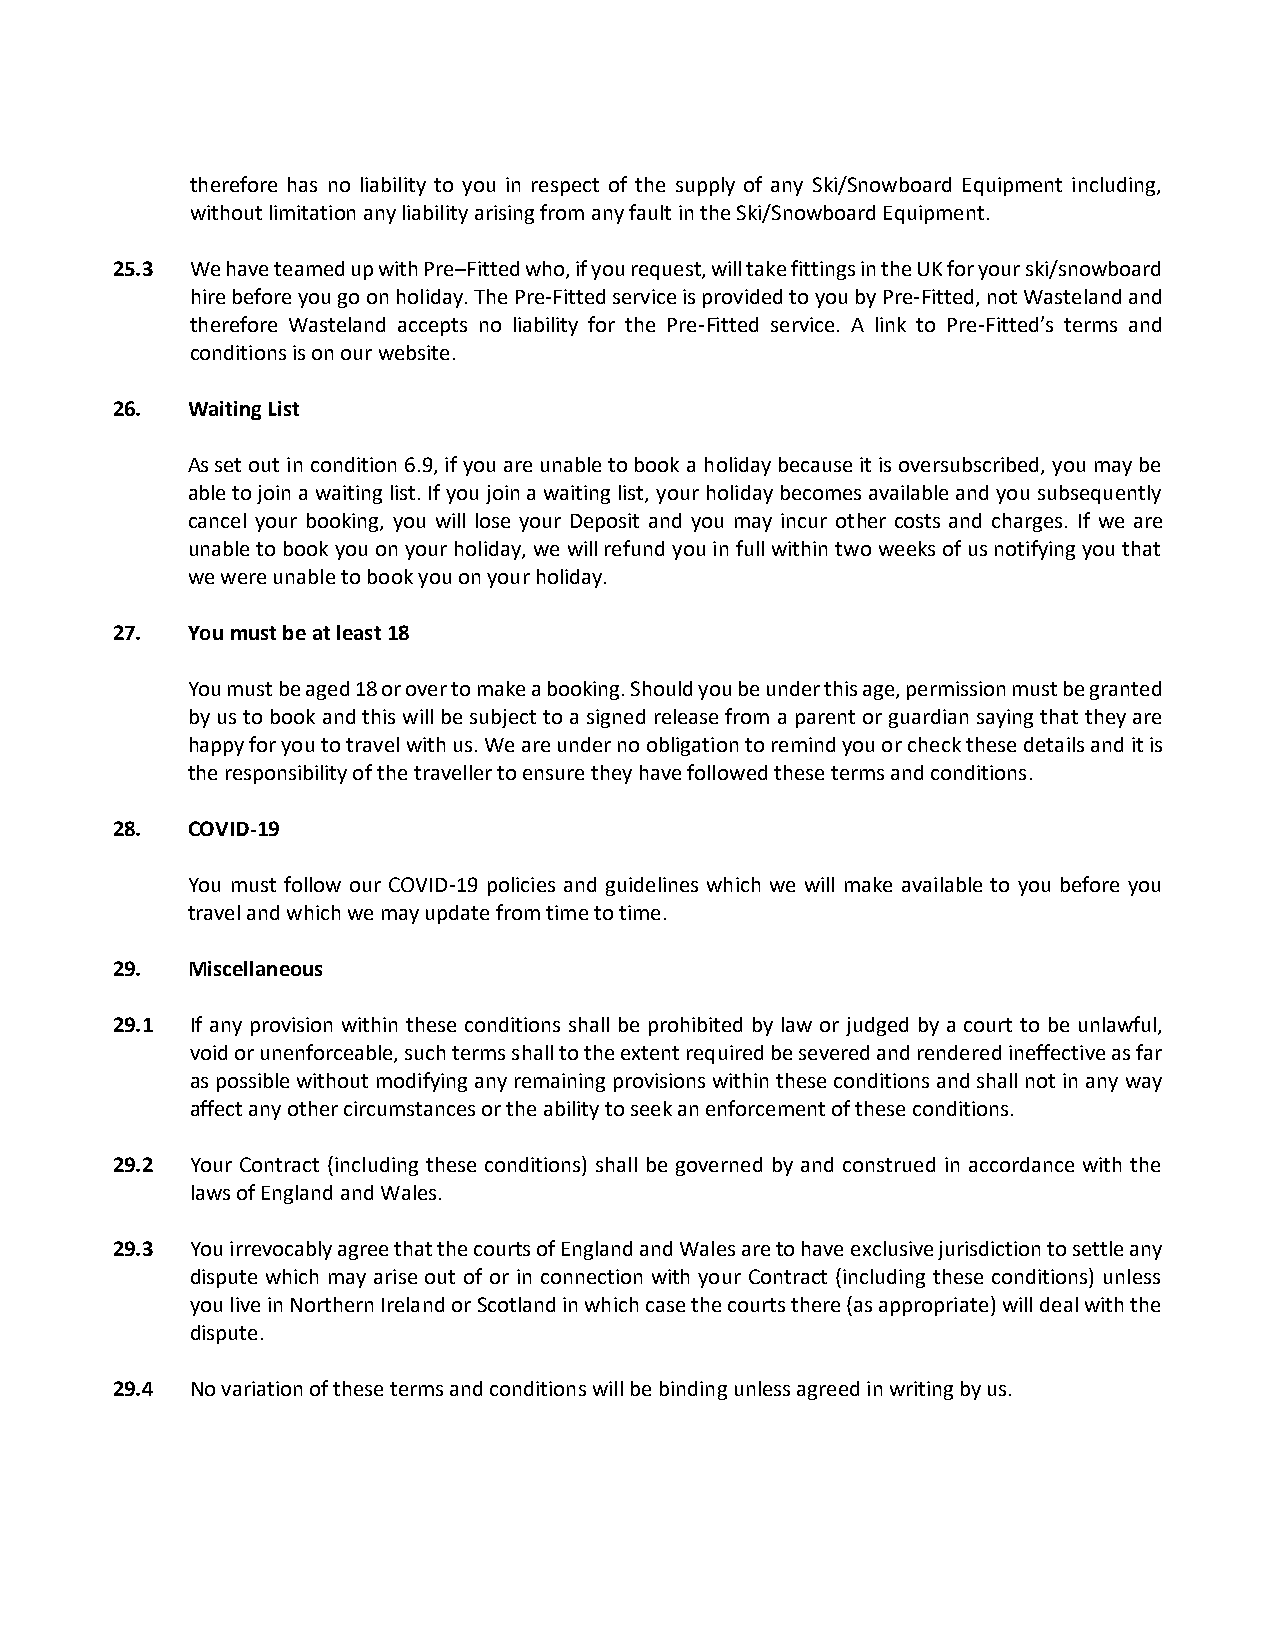
therefore has no liability to you in respect of the supply of any Ski/Snowboard Equipment including,
 without limitation any liability arising from any fault in the Ski/Snowboard Equipment.
 25.3  We have teamed up with Pre–Fitted who, if you request, will take fittings in the UK for your ski/snowboard
 hire before you go on holiday. The Pre-Fitted service is provided to you by Pre-Fitted, not Wasteland and
 therefore Wasteland accepts no liability for the Pre-Fitted service. A link to Pre-Fitted’s terms and
 conditions is on our website.
 26.  Waiting List
 As set out in condition 6.9, if you are unable to book a holiday because it is oversubscribed, you may be
 able to join a waiting list. If you join a waiting list, your holiday becomes available and you subsequently
 cancel your booking, you will lose your Deposit and you may incur other costs and charges. If we are
 unable to book you on your holiday, we will refund you in full within two weeks of us notifying you that
 we were unable to book you on your holiday.
 27.  You must be at least 18
 You must be aged 18 or over to make a booking. Should you be under this age, permission must be granted
 by us to book and this will be subject to a signed release from a parent or guardian saying that they are
 happy for you to travel with us. We are under no obligation to remind you or check these details and it is
 the responsibility of the traveller to ensure they have followed these terms and conditions.
 28.  COVID-19
 You must follow our COVID-19 policies and guidelines which we will make available to you before you
 travel and which we may update from time to time.
 29.  Miscellaneous
 29.1  If any provision within these conditions shall be prohibited by law or judged by a court to be unlawful,
 void or unenforceable, such terms shall to the extent required be severed and rendered ineffective as far
 as possible without modifying any remaining provisions within these conditions and shall not in any way
 affect any other circumstances or the ability to seek an enforcement of these conditions.
 29.2  Your Contract (including these conditions) shall be governed by and construed in accordance with the
 laws of England and Wales.
 29.3  You irrevocably agree that the courts of England and Wales are to have exclusive jurisdiction to settle any
 dispute which may arise out of or in connection with your Contract (including these conditions) unless
 you live in Northern Ireland or Scotland in which case the courts there (as appropriate) will deal with the
 dispute.
 29.4  No variation of these terms and conditions will be binding unless agreed in writing by us.